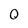
Character: 0